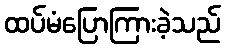
ထပ်မံပြောကြားခဲ့သည်